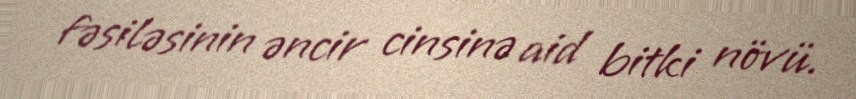
fəsiləsinin əncir cinsinə aid bitki növü.